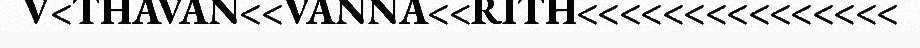
V<THAVAN<<VANNA<<RITH<<<<<<<<<<<<<<<